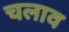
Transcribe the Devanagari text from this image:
चलाव